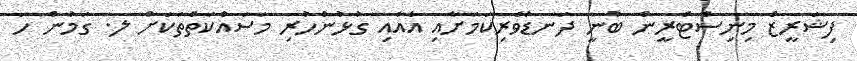
ފިޝަރީޒް މިނިސްޓްރީން ބުނީ ދަނޑުވެރިކަމަށާއި އެއާއި ގުޅުންހުރި މަސައްކަތްތަކަށް ލ. ގަމުން ހަ